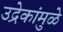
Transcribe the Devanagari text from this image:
उद्रेकांमुळे